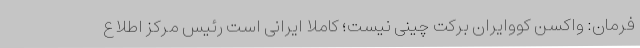
فرمان: واکسن کووایران برکت چینی نیست؛ کاملا ایرانی است رئیس مرکز اطلاع